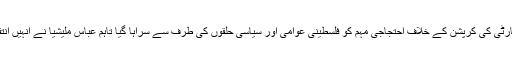
ابو البھا کی طرف سے فلسطینی اتھارٹی کی کرپشن کے خلاف احتجاجی مہم کو فلسطینی عوامی اور سیاسی حلقوں کی طرف سے سراہا گیا تاہم عباس ملیشیا نے انہیں انتقامی بنیادوں پر حراست میں لے لیا۔